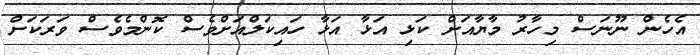
އެހެން ނޫނަސް މިހާރު މާޔާއަށް ކަޅި އަޅާ އަޅާ ހައިކަލްއަށްވެސް ކޮންމެވެސް ވަރަކަށް